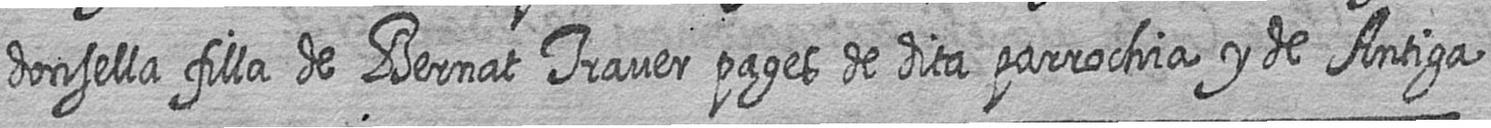
donsella filla de Bernat Traver pages de dita parrochia y de Antiga